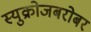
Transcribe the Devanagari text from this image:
स्युक्रोजबरोबर